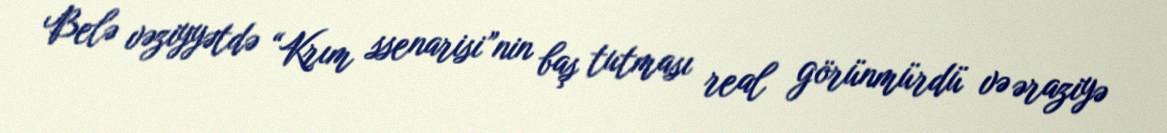
Belə vəziyyətdə “Krım ssenarisi”nin baş tutması real görünmürdü və əraziyə